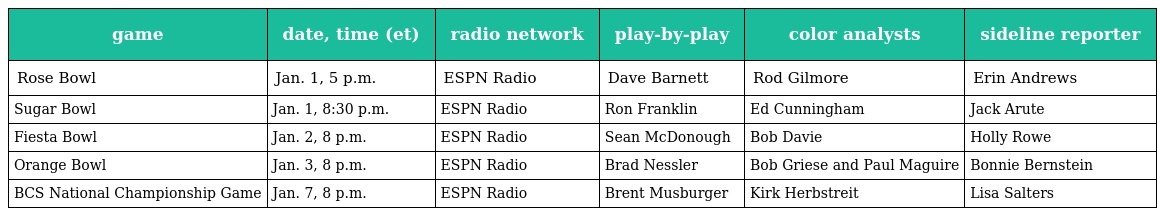
| game | date, time (et) | radio network | play-by-play | color analysts | sideline reporter |
 | --- | --- | --- | --- | --- | --- |
 | Rose Bowl | Jan. 1, 5 p.m. | ESPN Radio | Dave Barnett | Rod Gilmore | Erin Andrews |
 | Sugar Bowl | Jan. 1, 8:30 p.m. | ESPN Radio | Ron Franklin | Ed Cunningham | Jack Arute |
 | Fiesta Bowl | Jan. 2, 8 p.m. | ESPN Radio | Sean McDonough | Bob Davie | Holly Rowe |
 | Orange Bowl | Jan. 3, 8 p.m. | ESPN Radio | Brad Nessler | Bob Griese and Paul Maguire | Bonnie Bernstein |
 | BCS National Championship Game | Jan. 7, 8 p.m. | ESPN Radio | Brent Musburger | Kirk Herbstreit | Lisa Salters |